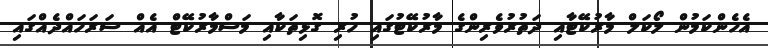
އެހެންކަމުން ލޯކަލް މާރުކޭޓާއި ދަތުރުވެރިންގެ މާރުކޭޓުގައި ހުރި ގޮޅިތަކާއި މަސްމާރުކޭޓް އެއް ސަރަހައްދެއްގައި